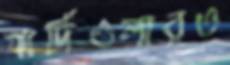
গার্দিওলারও